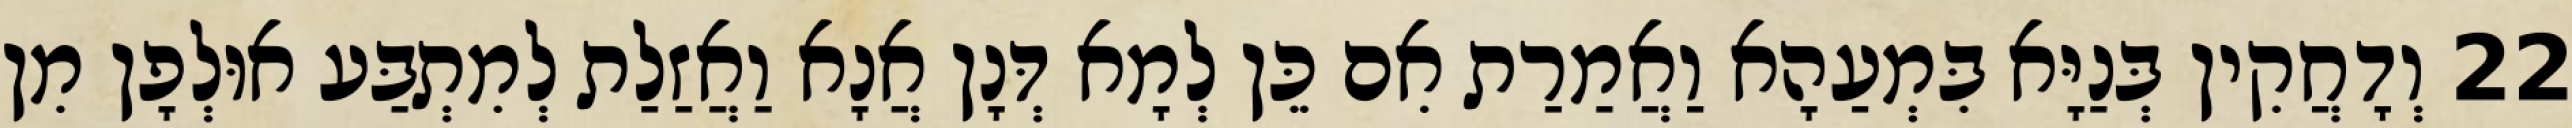
22 וְדָחֲקִין בְּנַיָּא בִּמְעַהָא וַאֲמַרַת אִם כֵּן לְמָא דְּנָן אֲנָא וַאֲזַלַת לְמִתְבַּע אוּלְפָן מִן